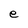
Character: e